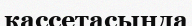
кассетасында